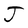
Character: J